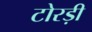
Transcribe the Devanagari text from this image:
टोरड़ी